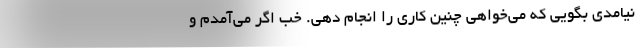
نیامدی بگویی که می‌خواهی چنین کاری را انجام دهی. خب اگر می‌آمدم و